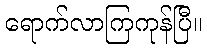
ရောက်လာကြကုန်ပြီ။